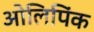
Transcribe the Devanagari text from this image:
ओलिपिंक